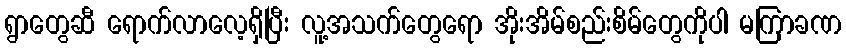
ရွာတွေဆီ ရောက်လာလေ့ရှိပြီး လူ့အသက်တွေရော အိုးအိမ်စည်းစိမ်တွေကိုပါ မကြာခဏ